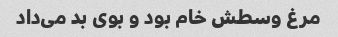
مرغ وسطش خام بود و بوی بد می‌داد